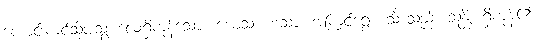
ကောင်းကင်သို့ပျံသွားလေ့ရှိကုန်သော။ ယေသံ ဟံသာ၊ အကြင်ရွှေဟင်္သာသည်။ သန္တိ၊ ရှိကုန်၏။